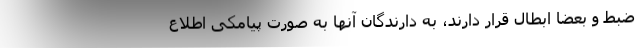
ضبط و بعضاً ابطال قرار دارند، به دارندگان آنها به صورت پیامکی اطلاع